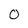
Character: O